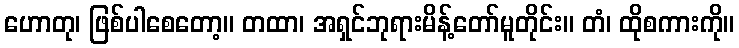
ဟောတု၊ ဖြစ်ပါစေတော့။ တထာ၊ အရှင်ဘုရားမိန့်တော်မူတိုင်း။ တံ၊ ထိုစကားကို။